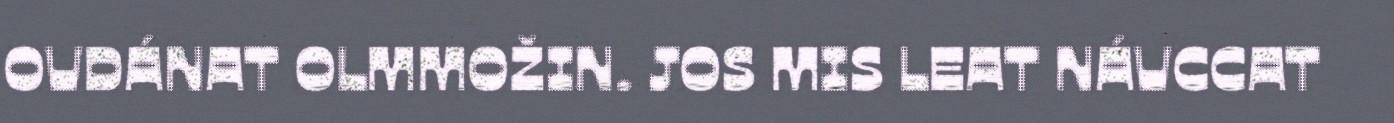
OVDÁNAT OLMMOŽIN. JOS MIS LEAT NÁVCCAT